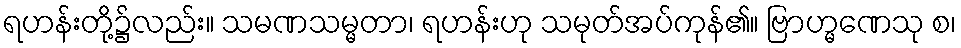
ရဟန်းတို့၌လည်း။ သမဏသမ္မတာ၊ ရဟန်းဟု သမုတ်အပ်ကုန်၏။ ဗြာဟ္မဏေသု စ၊